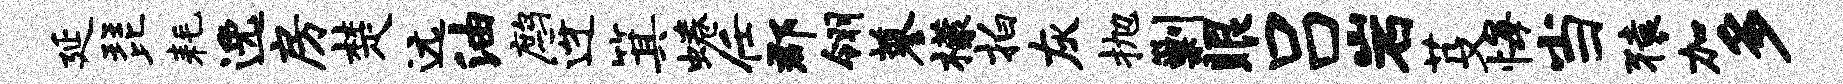
延琵耗逸房楚远油鹧迓箕蜷任郡翎蓼檬拍灰抛剿眼吕岩芟悔当猿加多